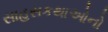
સાહસકથાઓનો